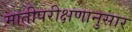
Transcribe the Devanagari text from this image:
मातीपरीक्षणानुसार